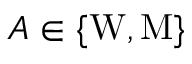
A \in \{ \mathrm { W } , \mathrm { M } \}